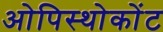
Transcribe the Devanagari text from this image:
ओपिस्थोकोंट